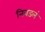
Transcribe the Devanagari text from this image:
निवडलं